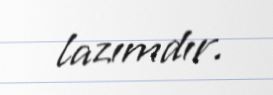
lazımdır.